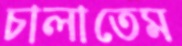
চালাতেম